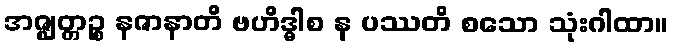
အဇ္ဈတ္တဉ္စ နဇာနာတိ ဗဟိဒ္ဓါစ န ပဿတိ စသော သုံးဂါထာ။